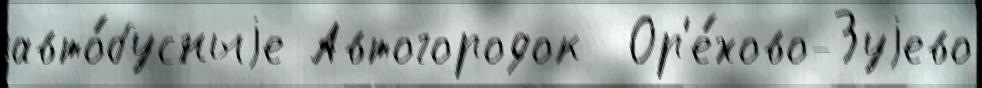
авто́бусныjе Автогородок  Ор'е́хово-Зуjево